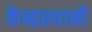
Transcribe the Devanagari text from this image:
केंन्द्रस्थानी